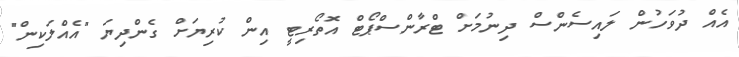
އެއް ދުވަހުން ލައިސެންސް ދިނުމަށް ޓްރާންސްޕޯޓް އޮތޯރިޓީ އިން ކުރިޔަށް ގެންދިޔަ "އެއްލަކިން"